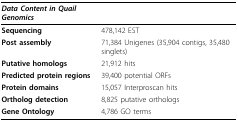
<table><thead><tr><td><b><i>Data Content in Quail Genomics</i></b></td><td></td></tr></thead><tbody><tr><td><b>Sequencing</b></td><td>478,142 EST</td></tr><tr><td><b>Post assembly</b></td><td>71,384 Unigenes (35,904 contigs, 35,480 singlets)</td></tr><tr><td><b>Putative homologs</b></td><td>21,912 hits</td></tr><tr><td><b>Predicted protein regions</b></td><td>39,400 potential ORFs</td></tr><tr><td><b>Protein domains</b></td><td>15,057 Interproscan hits</td></tr><tr><td><b>Ortholog detection</b></td><td>8,825 putative orthologs</td></tr><tr><td><b>Gene Ontology</b></td><td>4,786 GO terms</td></tr></tbody></table>